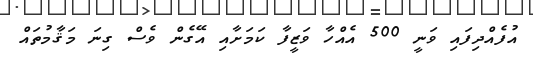
އުފެއްދިފައި ވަނީ 500 އެއްހާ ވަޒީފާ ކަމަށާއި އޭގެން ވެސް ގިނަ މަޤާމުތައް